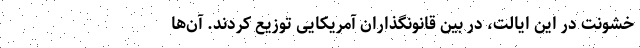
خشونت در این ایالت، در بین قانونگذاران آمریکایی توزیع کردند. آن‌ها